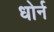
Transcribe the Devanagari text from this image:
धोर्न